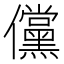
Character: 儻